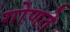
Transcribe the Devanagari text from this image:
गोणते